Code of medical and sanitary regulations for the guidance of medical officers serving in the Madras Presidency - Volume I
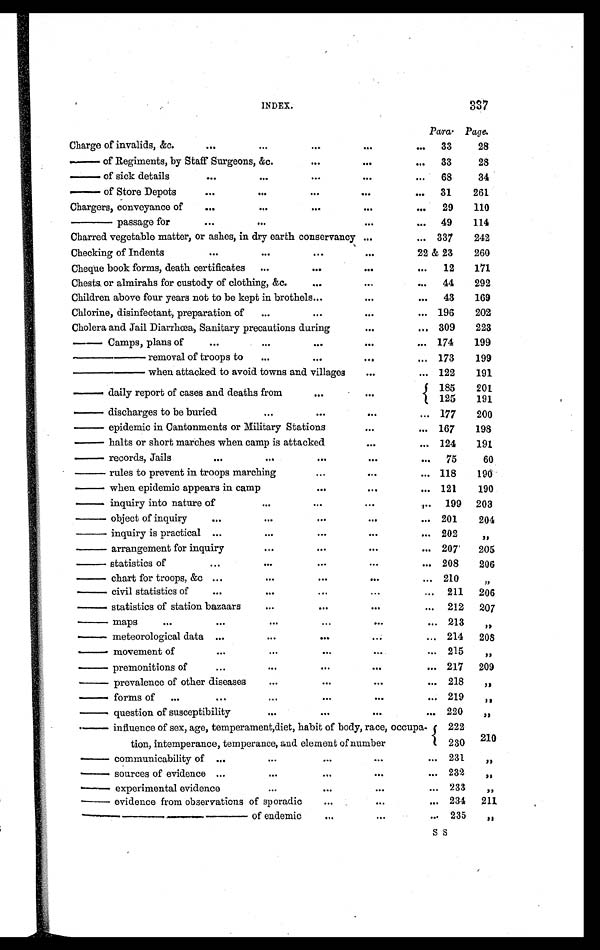
INDEX.
337
Para. Page.
Charge of invalids, &c.
...
...
...
. . .
... 33
28
— of Regiments, by Staff Surgeons, &c.
...
. . .
. . . 33
28
— of sick details
...
...
...
. . .
...
68
34
— of Store Depots
...
...
...
...
... 31
261
Chargers, conveyance of
...
...
...
. . .
. . . 29
110
— passage for
. . .
...
...
. . .
. . . 49
114
Charred vegetable matter, or ashes, in dry earth — conservancy ...
... 337
242
Checking of Indents
...
...
...
. . .
22 & 23
260
Cheque book forms, death certificates ...
...
. . .
. . . 12
171
Chests or almirahs for custody of clothing, &c.
...
. . .
... 44
292
Children above four years not to be kept in brothels ...
...
. . . 43
169
Chlorine, disinfectant, preparation of
...
...
. . .
... 196
202
Cholera and Jail Diarrhœa, Sanitary precautions during
. . .
. . . 309
223
— Camps, plans of
...
...
...
. . .
... 174
199
—— removal of troops to ...
...
. . .
... 173
199
—— when attacked to avoid towns and villages
. . .
... 122
191
— daily report of cases and deaths from
...
. . .
185
201
125
191
— di scharges t o be buri ed
. . .
...
...
. . . 177
200
— epidemic in Cantonments or Military Stations
. . .
... 167
198
— halts or short marches when camp is attacked
...
... 124
191
— records, Jails
...
...
...
. . .
. . . 75
60
— rules to prevent in troops marching
...
...
... 118
190
— when epidemic appears in camp
...
...
... 121
190
— inquiry into nature of
...
...
. . .
... 199 203
— o b j e c t o f i n q u i r y
...
. . .
...
...
. . . 201
204
— inquiry is practical ...
...
...
. . .
... 202
„
— arrangement for inquiry
...
...
. . .
... 207
205
— statistics of
...
...
...
...
... 208
206
— c h a r t f o r t r o o p s , &c ...
...
...
. . .
... 210
„
— civil statistics of
. . .
...
...
...
... 211 206
— statistics of station bazaars
...
. . .
. . .
... 212 207
— m a p s
. . .
. . .
...
...
...
... 213
„
— meteorological data ...
. . .
. . .
. . .
... 214 208
— movement of
. . .
. . .
...
. . .
... 215
„
— p r e m o n i t i o n s o f
...
...
. . .
. . .
... 217 209
— prevalence of other diseases
. . .
...
. . .
... 218
„
— forms of ...
. . .
. . .
. . .
. . .
. . . 219
„
— question of susceptibility
...
. . .
...
... 220
„
— influence of sex, age, temperament,diet, habit of body, race, occupa-
tion, intemperance, temperance, and element of number
222
210
230
— communicability of ...
. . .
. . .
. . .
. . .
231
„
— sources of evidence ...
. . .
. . .
. . .
. . .
232
„
— experimental evidence
. . .
. . .
. . .
... 233
„
— e v i d e n c e f r o m o b s e r v a t i o n s o f s p o r a d i c
. . .
. . .
... 234 211
——— of endemic
...
. . .
... 235
„
S S